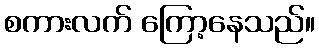
စကားလက် ကြော့နေသည်။